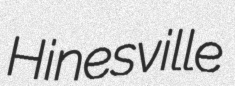
Hinesville